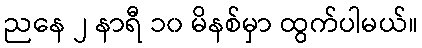
ညနေ ၂ နာရီ ၁၀ မိနစ်မှာ ထွက်ပါမယ်။